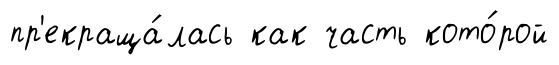
пр'екраща́лась как часть кото́рой